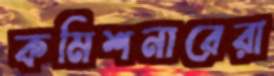
কমিশনারেরা